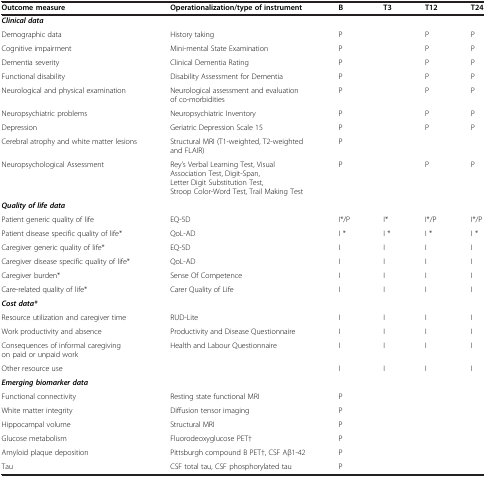
<table><thead><tr><td><b>Outcome measure</b></td><td><b>Operationalization/type of instrument</b></td><td><b>B</b></td><td><b>T3</b></td><td><b>T12</b></td><td><b>T24</b></td></tr></thead><tbody><tr><td><b><i>Clinical data</i></b></td><td> </td><td> </td><td> </td><td> </td><td> </td></tr><tr><td>Demographic data</td><td>History taking</td><td>P</td><td> </td><td>P</td><td>P</td></tr><tr><td>Cognitive impairment</td><td>Mini-mental State Examination</td><td>P</td><td> </td><td>P</td><td>P</td></tr><tr><td>Dementia severity</td><td>Clinical Dementia Rating</td><td>P</td><td> </td><td>P</td><td>P</td></tr><tr><td>Functional disability</td><td>Disability Assessment for Dementia</td><td>P</td><td> </td><td>P</td><td>P</td></tr><tr><td>Neurological and physical examination</td><td>Neurological assessment and evaluation of co-morbidities</td><td>P</td><td> </td><td>P</td><td>P</td></tr><tr><td>Neuropsychiatric problems</td><td>Neuropsychiatric Inventory</td><td>P</td><td> </td><td>P</td><td>P</td></tr><tr><td>Depression</td><td>Geriatric Depression Scale 15</td><td>P</td><td> </td><td>P</td><td>P</td></tr><tr><td>Cerebral atrophy and white matter lesions</td><td>Structural MRI (T1-weighted, T2-weighted and FLAIR)</td><td>P</td><td> </td><td> </td><td> </td></tr><tr><td>Neuropsychological Assessment</td><td>Rey’s Verbal Learning Test, Visual Association Test, Digit-Span, Letter Digit Substitution Test, Stroop Color-Word Test, Trail Making Test</td><td>P</td><td> </td><td>P</td><td>P</td></tr><tr><td><b><i>Quality of life data</i></b></td><td> </td><td> </td><td> </td><td> </td><td> </td></tr><tr><td>Patient generic quality of life</td><td>EQ-5D</td><td>I*/P</td><td>I*</td><td>I*/P</td><td>I*/P</td></tr><tr><td>Patient disease specific quality of life*</td><td>QoL-AD</td><td>I *</td><td>I *</td><td>I *</td><td>I *</td></tr><tr><td>Caregiver generic quality of life*</td><td>EQ-5D</td><td>I</td><td>I</td><td>I</td><td>I</td></tr><tr><td>Caregiver disease specific quality of life*</td><td>QoL-AD</td><td>I</td><td>I</td><td>I</td><td>I</td></tr><tr><td>Caregiver burden*</td><td>Sense Of Competence</td><td>I</td><td>I</td><td>I</td><td>I</td></tr><tr><td>Care-related quality of life*</td><td>Carer Quality of Life</td><td>I</td><td>I</td><td>I</td><td>I</td></tr><tr><td><b><i>Cost data*</i></b></td><td> </td><td> </td><td> </td><td> </td><td> </td></tr><tr><td>Resource utilization and caregiver time</td><td>RUD-Lite</td><td>I</td><td>I</td><td>I</td><td>I</td></tr><tr><td>Work productivity and absence</td><td>Productivity and Disease Questionnaire</td><td>I</td><td>I</td><td>I</td><td>I</td></tr><tr><td>Consequences of informal caregiving on paid or unpaid work</td><td>Health and Labour Questionnaire</td><td>I</td><td>I</td><td>I</td><td>I</td></tr><tr><td>Other resource use</td><td> </td><td>I</td><td>I</td><td>I</td><td>I</td></tr><tr><td><b><i>Emerging biomarker data</i></b></td><td> </td><td> </td><td> </td><td> </td><td> </td></tr><tr><td>Functional connectivity</td><td>Resting state functional MRI</td><td>P</td><td> </td><td> </td><td> </td></tr><tr><td>White matter integrity</td><td>Diffusion tensor imaging</td><td>P</td><td> </td><td> </td><td> </td></tr><tr><td>Hippocampal volume</td><td>Structural MRI</td><td>P</td><td> </td><td> </td><td> </td></tr><tr><td>Glucose metabolism</td><td>Fluorodeoxyglucose PET†</td><td>P</td><td> </td><td> </td><td> </td></tr><tr><td>Amyloid plaque deposition</td><td>Pittsburgh compound B PET†, CSF Aβ1-42</td><td>P</td><td> </td><td> </td><td> </td></tr><tr><td>Tau</td><td>CSF total tau, CSF phosphorylated tau</td><td>P</td><td> </td><td> </td><td> </td></tr></tbody></table>